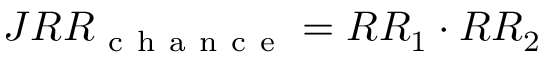
J R R _ { \mathrm { ~ c ~ h ~ a ~ n ~ c ~ e ~ } } = R R _ { 1 } \cdot R R _ { 2 }